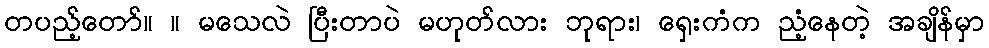
တပည့်တော်။ ။ မသေလဲ ပြီးတာပဲ မဟုတ်လား ဘုရား၊ ရှေးကံက ညံ့နေတဲ့ အချိန်မှာ